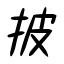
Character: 披